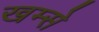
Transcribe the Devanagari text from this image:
खम्से